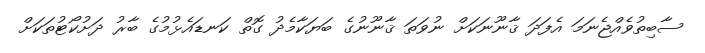
ސާބިތުވެއްޖެނަމަ އެފަދަ ޤާނޫނަކަށް ނުވަތަ ޤާނޫނުގެ ބަޔަކާމެދު ގޮތް ކަނޑައެޅުމުގެ ބާރު ދަށުކޯޓުތަކަށް